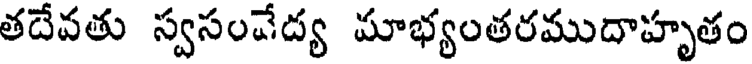
తదేవతు స్వసంచేద్య మాభ్యంతరముదాహృతం